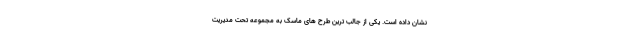
نشان داده است. یکی از جالب ترین طرح های ماسک به مجموعه تحت مدیریت